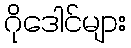
ဂိုဒေါင်များ